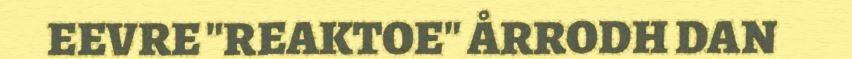
EEVRE "REAKTOE" ÅRRODH DAN